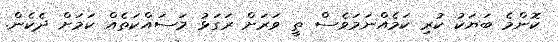
ކޮންމެ ބަޔަކު ކުރި ކަމެއްނަމަވެސް ތީ ވަރަށް ރަގަޅު މަސައްކަތެއް ކަމަށް ދެކެން.